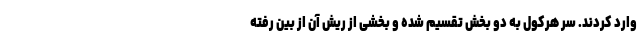
وارد کردند. سر هرکول به دو بخش تقسیم شده و بخشی از ریش آن از بین رفته